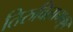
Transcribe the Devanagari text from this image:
तिरुवितामकूर